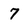
Character: 7